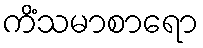
ကိံသမာစာရော